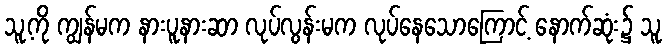
သူ့ကို ကျွန်မက နားပူနားဆာ လုပ်လွန်းမက လုပ်နေသောကြောင့် နောက်ဆုံး၌ သူ